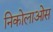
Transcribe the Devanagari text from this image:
निकोलाओस